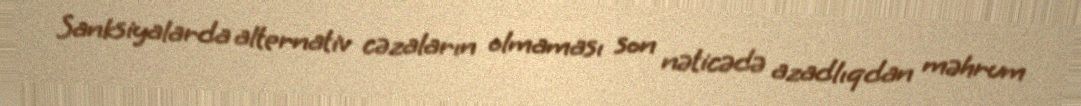
Sanksiyalarda alternativ cəzaların olmaması son nəticədə azadlıqdan məhrum